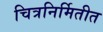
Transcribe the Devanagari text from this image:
चित्रनिर्मितीत